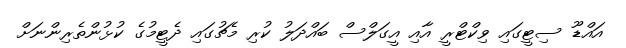
އައްޑޫ ސިޓީގައި ވިކްޓްރީ އާއި އީގަލްސް ބައްދަލު ކުރި މެޗުގައި ދެޓީމުގެ ކުޅުންތެރިންނަށް